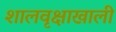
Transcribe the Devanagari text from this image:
शालवृक्षाखाली